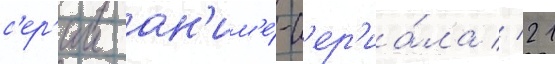
с'ер'ии ан'им'е́-с'ер'иа́ла // 21